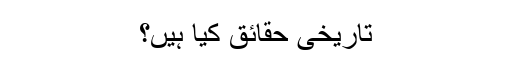
تاریخی حقائق کیا ہیں؟